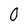
Character: O